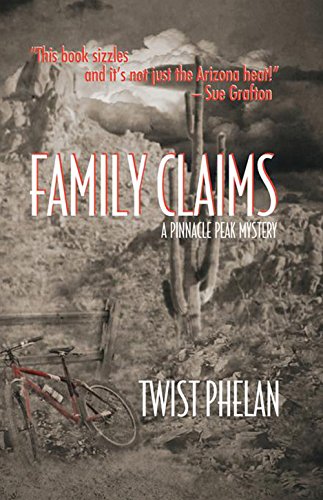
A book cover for Family Claims: A Pinnacle Peak Mystery (Pinnacle Peak Mysteries); Twist Phelan; Mystery, Thriller & Suspense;